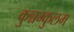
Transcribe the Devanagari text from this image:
कुन्नम्कुलम